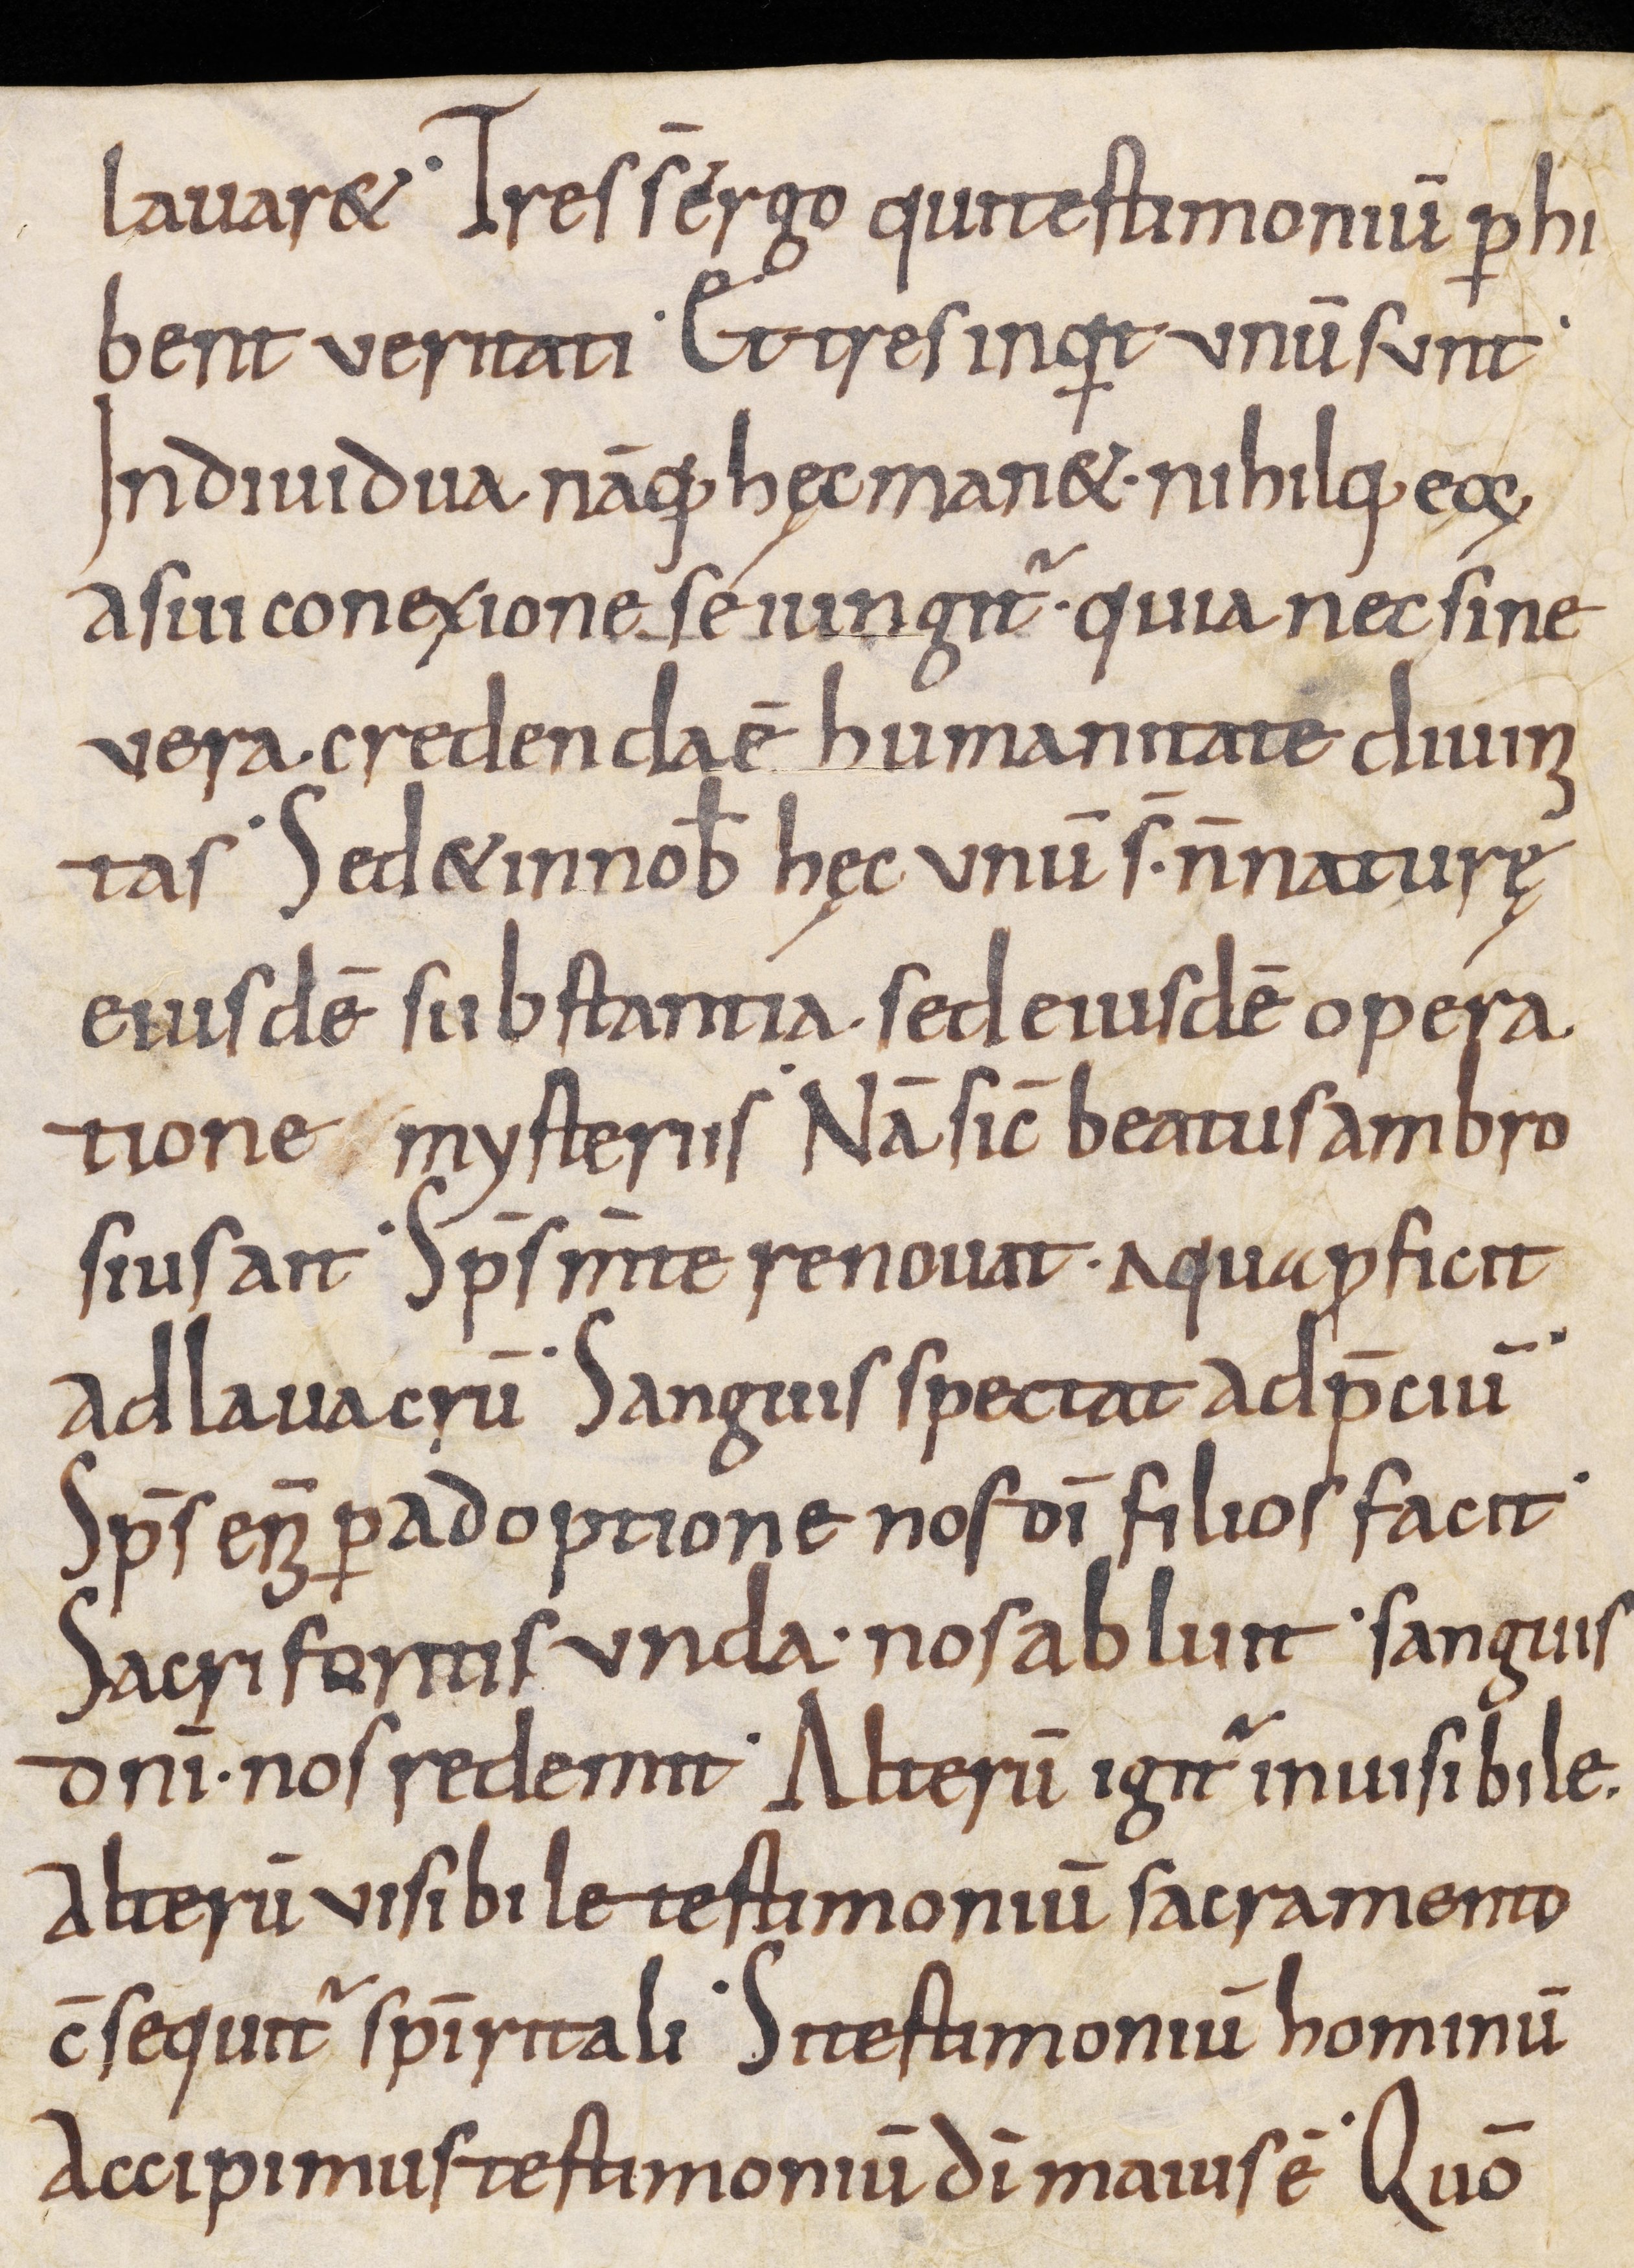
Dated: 800–999